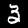
Label: 3